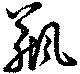
瓶